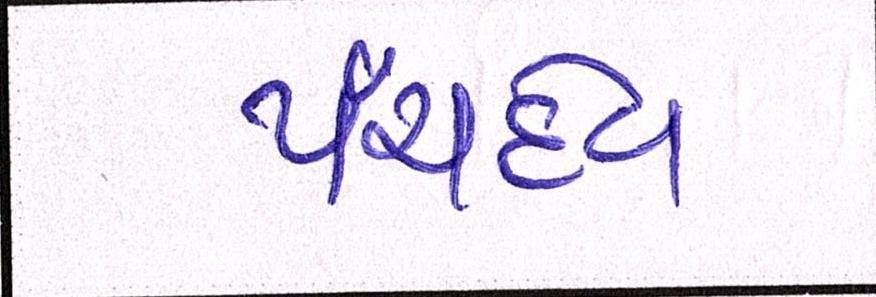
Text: પંચદેવ